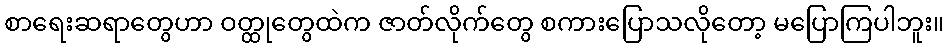
စာရေးဆရာတွေဟာ ဝတ္ထုတွေထဲက ဇာတ်လိုက်တွေ စကားပြောသလိုတော့ မပြောကြပါဘူး။